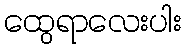
ထွေရာလေးပါး